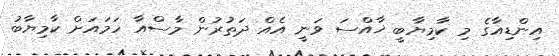
އިންޑިއާގެ މި ކާމިޔާބީ ޚާއްސަ ވަނީ އެއް ދަތުރުން މާސްއާ ހަމައަށް ކާމިޔާބު